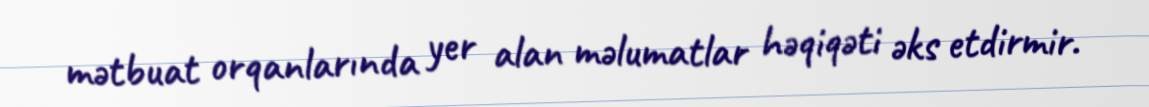
mətbuat orqanlarında yer alan məlumatlar həqiqəti əks etdirmir.